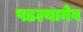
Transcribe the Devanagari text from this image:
पडल्यानेव